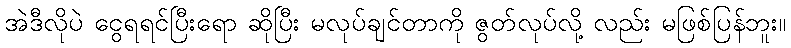
အဲဒီလိုပဲ ငွေရရင်ပြီးရော ဆိုပြီး မလုပ်ချင်တာကို ဇွတ်လုပ်လို့ လည်း မဖြစ်ပြန်ဘူး။